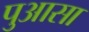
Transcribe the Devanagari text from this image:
पुआसा